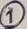
Text: 1